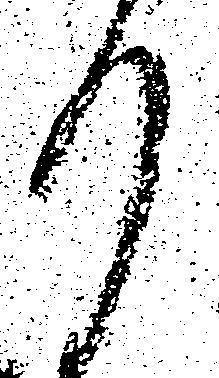
り